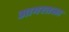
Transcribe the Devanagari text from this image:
आगरतळा